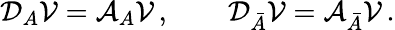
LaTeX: {\cal D}_{A}{\cal V}={\cal A}_{A}{\cal V}\, ,\qquad{\cal D}_{\bar{A}}{\cal V}={\cal A}_{\bar{A}}{\cal V}\, .